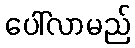
ပေါ်လာမည်